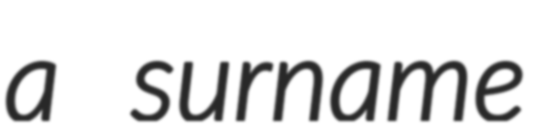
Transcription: a surname